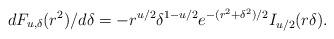
LaTeX: \begin{align*}dF_{u,\delta } (r^{2} )/d\delta =-r^{u/2} \delta ^{1-u/2}e^{-(r^{2}+\delta^{2} )/2} I_{u/2} (r\delta ).\end{align*}